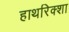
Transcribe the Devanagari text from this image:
हाथरिक्शा